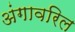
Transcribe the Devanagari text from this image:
अंगावरिल